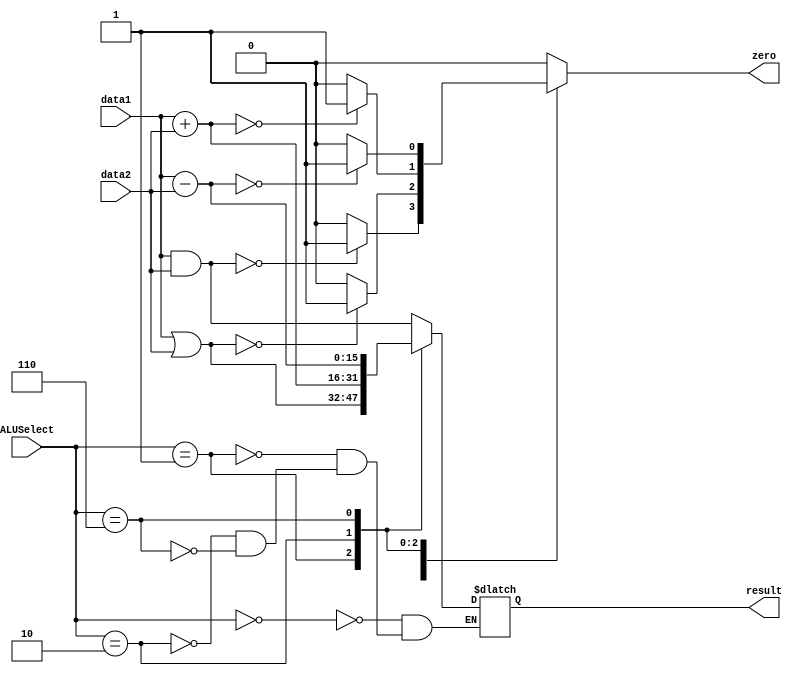
`timescale 1ns / 1ps
//////////////////////////////////////////////////////////////////////////////////
// Company: 
// Engineer: 
// 
// Design Name: 
// Module Name: ALU
// Project Name: 
// Target Devices: 
// Tool Versions: 
// Description: 
// 
// Dependencies: 
// 
// Revision:
// Revision 0.01 - File Created
// Additional Comments:
// 
//////////////////////////////////////////////////////////////////////////////////


module ALU(
    input [3:0] ALUSelect,
    input [15:0] data1,
    input [15:0] data2,
    output reg zero,
    output reg [15:0] result
    );
    
    always @ (ALUSelect or data1 or data2)
    begin
        zero = 0;
        case (ALUSelect)
            4'b0000: begin
                        result = data1 & data2;
                        if (result == 0)
                            zero = 1;
                     end 
            4'b0001: begin
                        result = data1 | data2;
                        if (result == 0)
                            zero = 1;
                     end
            4'b0010: begin
                        result = data1 + data2;
                        if (result == 0)
                            zero = 1;
                     end
            4'b0110: begin
                        result = data1 - data2;
                        if (result == 0)
                            zero = 1;
                     end
        endcase
    end
endmodule